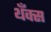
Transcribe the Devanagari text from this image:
थँक्स